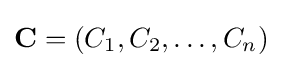
\mathbf {C} =(C_{1},C_{2},\ldots ,C_{n})